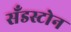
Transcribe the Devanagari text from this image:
सँडस्टोन